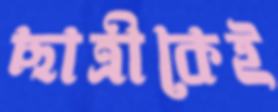
ছাত্রীকেই